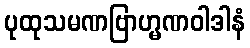
ပုထုသမဏဗြာဟ္မဏဝါဒါနံ